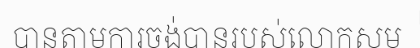
បានតាមការចង់បានរបស់លោកសម